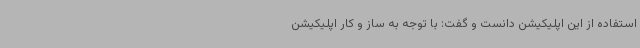
استفاده از این اپلیکیشن دانست و گفت: با توجه به ساز و کار اپلیکیشن